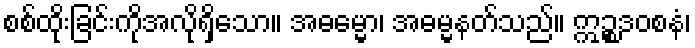
စစ်ထိုးခြင်းကိုအလိုရှိသော။ အဓမ္မော၊ အဓမ္မနတ်သည်။ ဣဉ္စဒဝစနံ၊